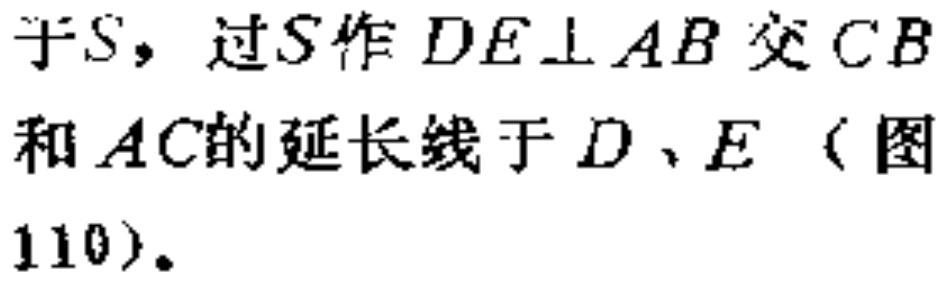
于\(S\)，过\(S\)作 \(DE\bot AB\)交\(CB\)和\(AC\)的延长线于\(D\)、\(E\)（图110）。